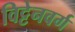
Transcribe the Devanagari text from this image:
विट्टेनवर्ग